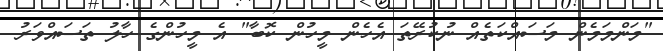
"މަންމަމެން މަސައްކަތެއް ނުކުރޭތަ އެހެން މީހުން ކޮބާ" އެ މީހުންގެ ހާލު ތަސައްވަރު